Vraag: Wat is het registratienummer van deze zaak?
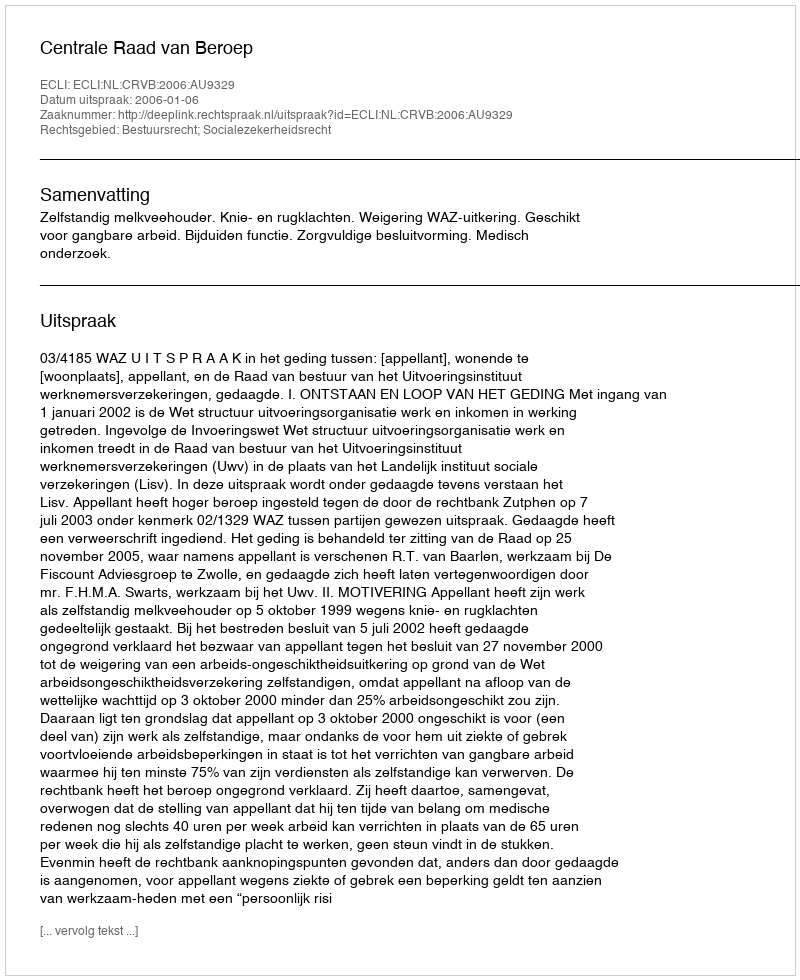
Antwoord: http://deeplink.rechtspraak.nl/uitspraak?id=ECLI:NL:CRVB:2006:AU9329